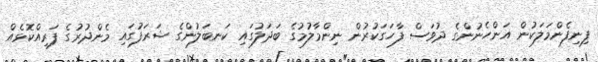
ފިނިފެންމަލަކުން އަންހެނުންގެ ދުވަސް ފާހަގަކުރުން ނިންމާލުމުގެ ބަދަލުގައި ކަނބަލުންގެ ޝަރަފުގައި މެންދުރުގެ ފަރިއްކޮޅެއް